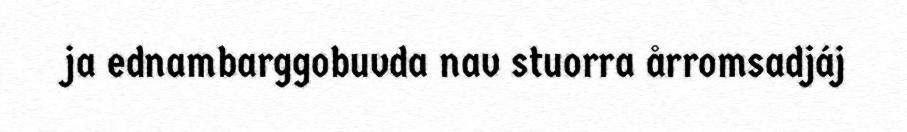
ja ednambarggobuvda nav stuorra årromsadjáj